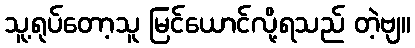
သူ့ရုပ်တော့သူ မြင်ယောင်လို့ရသည် တဲ့ဗျ။